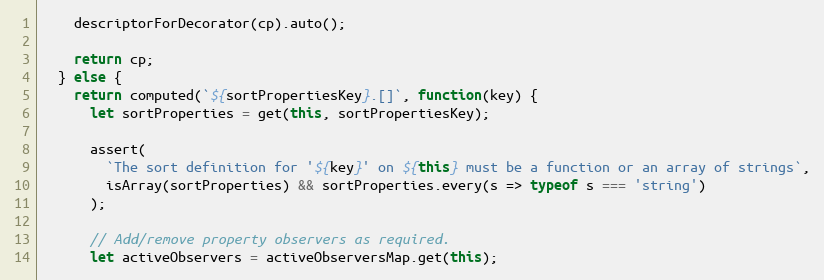
Language: JavaScript
    descriptorForDecorator(cp).auto();

    return cp;
  } else {
    return computed(`${sortPropertiesKey}.[]`, function(key) {
      let sortProperties = get(this, sortPropertiesKey);

      assert(
        `The sort definition for '${key}' on ${this} must be a function or an array of strings`,
        isArray(sortProperties) && sortProperties.every(s => typeof s === 'string')
      );

      // Add/remove property observers as required.
      let activeObservers = activeObserversMap.get(this);